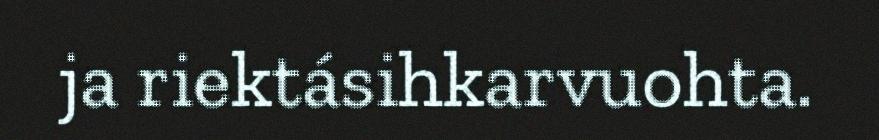
ja riektásihkarvuohta.